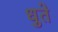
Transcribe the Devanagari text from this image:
धुते